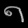
Digit: ၈